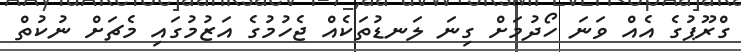
ގްރޫޕުގެ އެއް ވަނަ ހޯދުމަށް ގިނަ ލަނޑުތަކެއް ޖެހުމުގެ އަޒުމުގައި މެޗަށް ނުކުތް